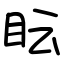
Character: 眃